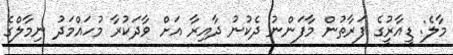
މާލެ: ޑީއާރުީގެ ފަރާތުން މާފަންނު ދެކުނު ދާއިރާ އަށް ވާދަކުރާ މުހައްމަދު ނިމާލްގެ